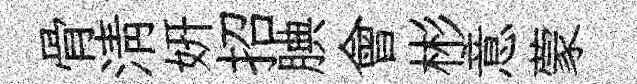
骨清妍招腆會彬意蒙